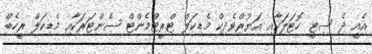
އެއީ ދެ ސިޓީ ހޮޓަލަކާއި އަޔުރްވެދިކް މެޑިކަލް ޓްރީޓްމެންޓް ސެންޓަރަކާއި މެޑިކަލް ރީހެބް